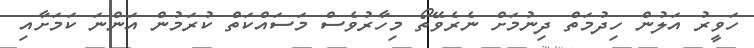
ހަވީރު އަލުން ހިދުމަތް ދިނުމަށް ނެރެވޭތޯ މިހާރުވެސް މަސައްކަތް ކުރަމުން އަންނަ ކަމަށާއި